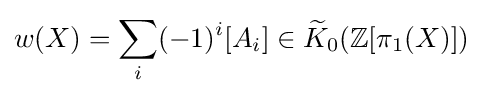
w(X)=\sum _{i}(-1)^{i}[A_{i}]\in {\widetilde {K}}_{0}(\mathbb {Z} [\pi _{1}(X)])